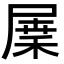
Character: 𡲷